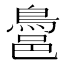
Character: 𪁨